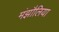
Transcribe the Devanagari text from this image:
मंझौलिया